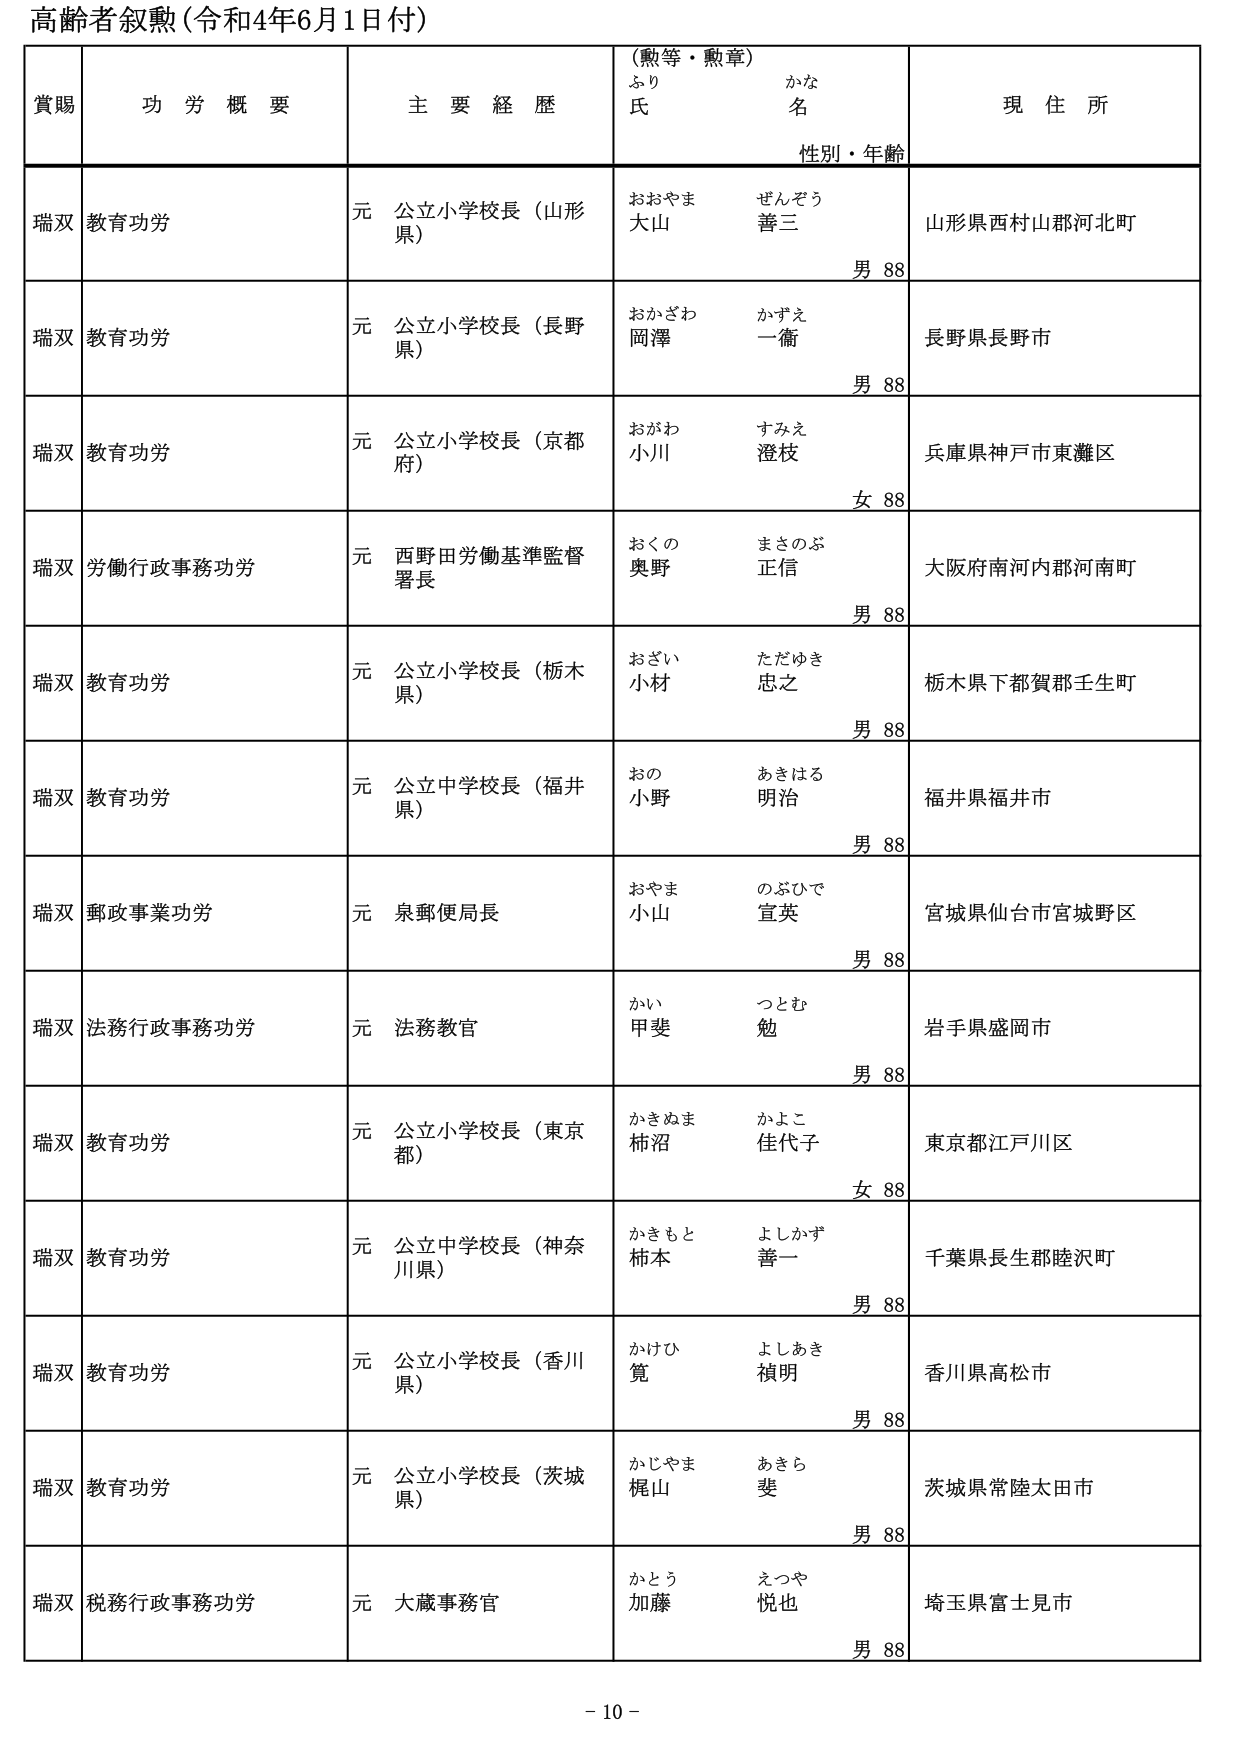
高齢者叙勲（令和4年6月1日付）

賞賜　　功労概要　　主要経歴　　（勲等・勲章）　　現住所
　　　　　　　　　　　　　　ふり　　　かな
　　　　　　　　　　　　　　氏　　　　名
　　　　　　　　　　　　　　　　　　　　性別・年齢

瑞双　教育功労　　元 公立小学校長（山形県）　　おおやま　ぜんぞう　　山形県西村山郡河北町
　　　　　　　　　　　　　　　　　　　　　　大山　　善三　　　　　　男 88

瑞双　教育功労　　元 公立小学校長（長野県）　　おかざわ　かずえ　　　長野県長野市
　　　　　　　　　　　　　　　　　　　　　　岡澤　　一衛　　　　　　男 88

瑞双　教育功労　　元 公立小学校長（京都府）　　おがわ　すみえ　　　　兵庫県神戸市東灘区
　　　　　　　　　　　　　　　　　　　　　　小川　　澄枝　　　　　　女 88

瑞双　労働行政事務功労　　元 西野田労働基準監督署長　　おくの　まさのぶ　　大阪府南河内郡河南町
　　　　　　　　　　　　　　　　　　　　　　　　　　奥野　　正信　　　　男 88

瑞双　教育功労　　元 公立小学校長（栃木県）　　おざい　ただゆき　　　栃木県下都賀郡壬生町
　　　　　　　　　　　　　　　　　　　　　　小材　　忠之　　　　　　男 88

瑞双　教育功労　　元 公立中学校長（福井県）　　おの　あきはる　　　　福井県福井市
　　　　　　　　　　　　　　　　　　　　　　小野　　明治　　　　　　男 88

瑞双　郵政事業功労　　元 泉郵便局長　　おやま　のぶひで　　　　宮城県仙台市宮城野区
　　　　　　　　　　　　　　　　　　　　小山　　宣英　　　　　　男 88

瑞双　法務行政事務功労　　元 法務教官　　かい　つとむ　　　　岩手県盛岡市
　　　　　　　　　　　　　　　　　　　　甲斐　　勉　　　　　　男 88

瑞双　教育功労　　元 公立小学校長（東京都）　　かきぬま　かよこ　　　東京都江戸川区
　　　　　　　　　　　　　　　　　　　　　　柿沼　　佳代子　　　　女 88

瑞双　教育功労　　元 公立中学校長（神奈川県）　　かきもと　よしかず　　千葉県長生郡睦沢町
　　　　　　　　　　　　　　　　　　　　　　柿本　　善一　　　　　男 88

瑞双　教育功労　　元 公立小学校長（香川県）　　かけひ　よしあき　　　香川県高松市
　　　　　　　　　　　　　　　　　　　　　　筧　　禎明　　　　　　男 88

瑞双　教育功労　　元 公立小学校長（茨城県）　　かじやま　あきら　　　茨城県常陸太田市
　　　　　　　　　　　　　　　　　　　　　　梶山　　斐　　　　　　男 88

瑞双　税務行政事務功労　　元 大蔵事務官　　かとう　えつや　　　　埼玉県富士見市
　　　　　　　　　　　　　　　　　　　　　　加藤　　悦也　　　　　男 88

- 10 -